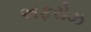
અફરોઝ